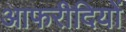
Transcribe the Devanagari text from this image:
आफरीदियों